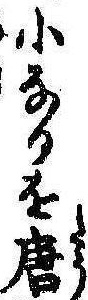
小なるを唐